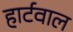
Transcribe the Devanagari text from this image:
हार्टवाल